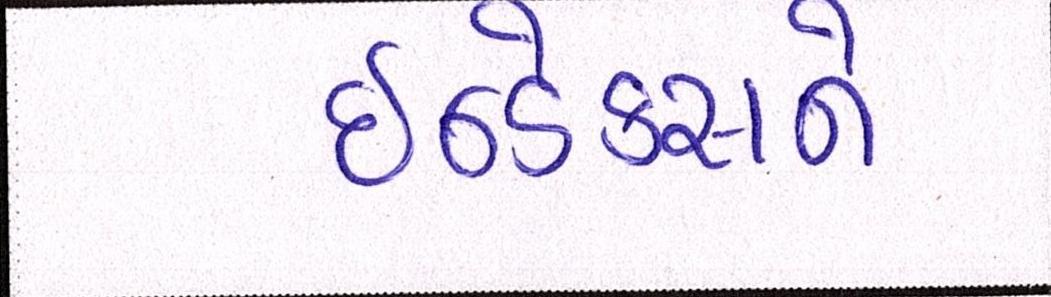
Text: ઇન્ડેક્સને